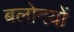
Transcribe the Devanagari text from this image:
बलोदयों